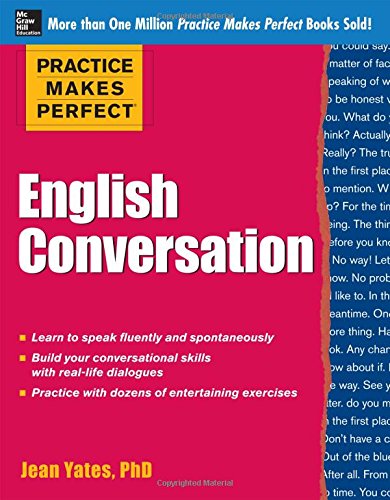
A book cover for Practice Makes Perfect: English Conversation (Practice Makes Perfect Series); Jean Yates; Reference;